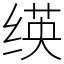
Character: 绬